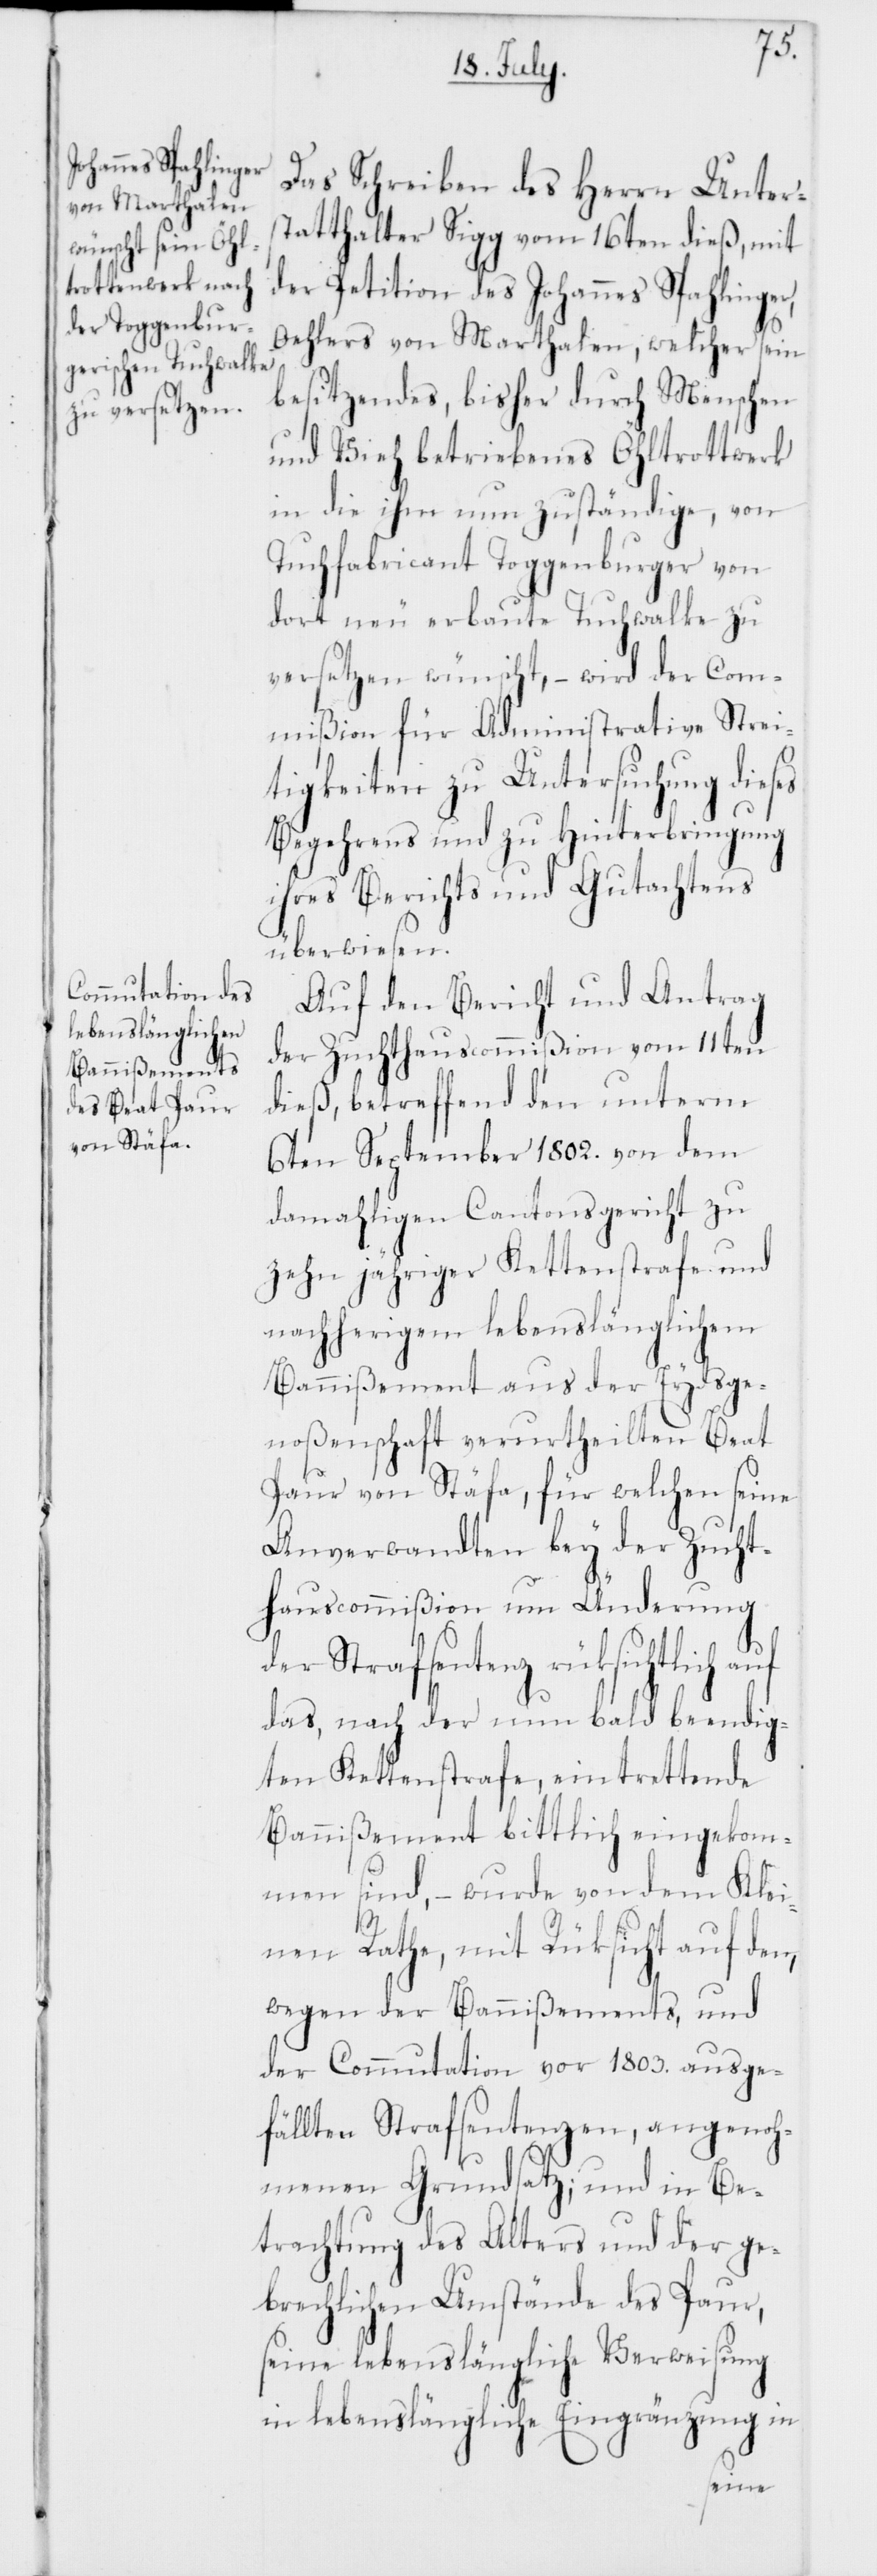
Das Schreiben des Herrn Unters¬
tatthalter Sigg vom 16ten dieß, mit
der Petition des Johannes Spahlinger,
Oehlers von Marthalen, welcher sein
besitzendes, bisher durch Menschen
und Vieh betriebenes Öhltrottwerk
in die ihm nun zuständige, von
Tuchfabricant Toggenburger von
dort neu erbaute Tuchwalke zu
versetzen wünscht, – wird der Com¬
mißion für Administrative Strei¬
tigkeiten zu Untersuchung dieses
Begehrens und zu Hinterbringung
ihres Berichts und Gutachtens
überwiesen.
Auf den Bericht und Antrag
der Zuchthauscommißion vom 11ten
dieß, betreffend den unterm
6ten September 1802. von dem
damahligen Cantonsgericht zu
zehn jähriger Kettenstrafe und
nachherigem lebenslänglichem
Bannißement aus der Eydsge¬
noßenschaft verurtheilten Beat
Paur von Stäfa, für welchen seine
Anverwandten bey der Zucht¬
hauscommißion um Änderung
der Strafsentenz rüksichtlich
das, nach der nun bald beendig¬
ten Kettenstrafe, eintrettende
Bannißement bittlich eingekom¬
men sind, – wurde von dem Klei¬
nen Rathe, mit Rücksicht auf den,
wegen der Bannißements, und
der Commutation vor 1803. ausge¬
fällten Strafsentenzen, angenoh¬
menen Grundsatz; und in Be¬
trachtung des Alters und der ge¬
brechlichen Umstände des Paur,
seine lebenslängliche Verweisung
in lebenslängliche Eingränzung in